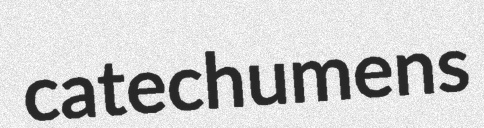
catechumens